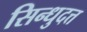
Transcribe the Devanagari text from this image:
सिन्धुदत्त